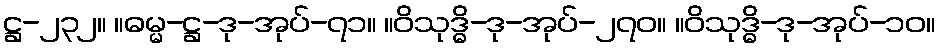
ဋ္ဌ-၂၃၂။ ။ဓမ္မ-ဋ္ဌ-ဒု-အုပ်-၇၁။ ။ဝိသုဒ္ဓိ-ဒု-အုပ်-၂၇၀။ ။ဝိသုဒ္ဓိ-ဒု-အုပ်-၁၀။